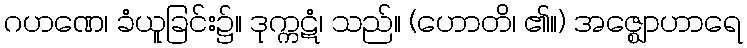
ဂဟဏေ၊ ခံယူခြင်း၌။ ဒုက္ကဋံ၊ သည်။ (ဟောတိ၊ ၏။) အဇ္ဈောဟာရေ